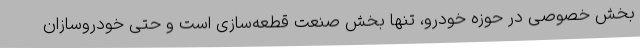
بخش خصوصی در حوزه خودرو، تنها بخش صنعت قطعه‌سازی است و حتی خودروسازان